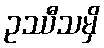
ဥဿီသမှိ